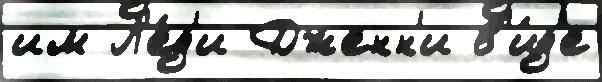
им Л'е́д'и Дженн'и в'и́д'е